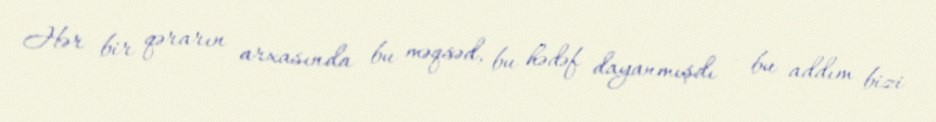
Hər bir qərarın arxasında bu məqsəd, bu hədəf dayanmışdı - bu addım bizi